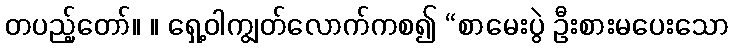
တပည့်တော်။ ။ ရှေ့ဝါကျွတ်လောက်ကစ၍ “စာမေးပွဲ ဦးစားမပေးသော